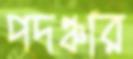
পদঞ্চার